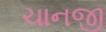
ચાનજી